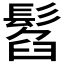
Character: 𩭥